Annual report on the working of the mental hospitals in the Madras Presidency - 1912-1932
Year: 1912
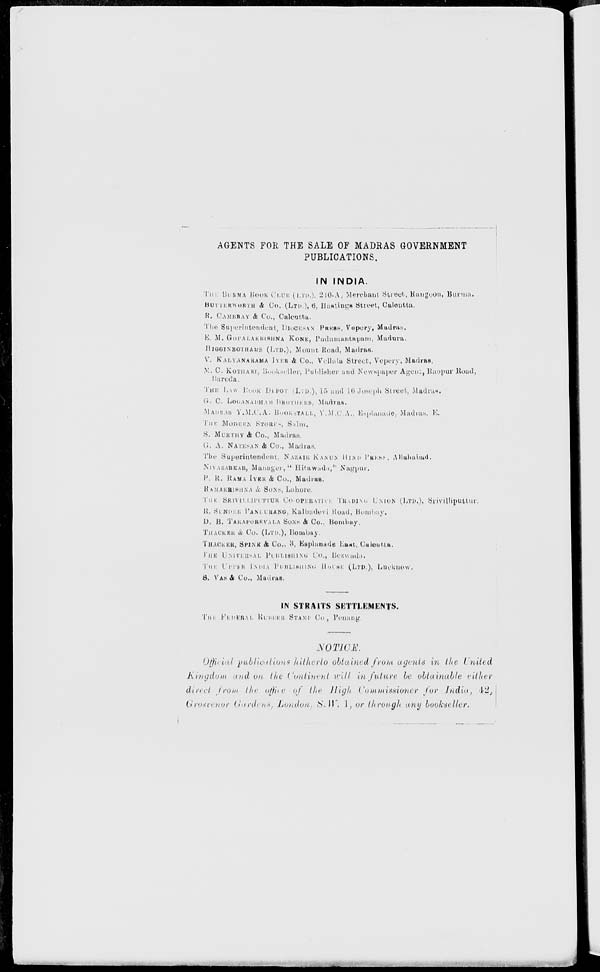
AGENTS FOR THE SALE OF MADRAS GOVERNMENT
PUBLICATIONS.
IN INDIA.
THE BURMA BOOK CLUB (LTD.). 2-10-A, Merchant Street, Rangoon, Burma.
BUTTERWORTH & Co. (LTD.), 6, Hastings Street, Calcutta.
R. CAMBRAY & Co., Calcutta.
The Superintendent, DIOCESAN PRESS, Vepery, Madras.
E. M. GOPALAKRISHNA KONE, Pudumantapam, Madura.
HIGGINBOTHAMS (LTD.), Mount Road, Madras.
V. KALYANARAMA IYER & Co., Vellala Street, Vepery, Madras.
V.. C. KOTHARI, Bookseller, Publisher and Newspaper Agent, Raopur Road,
Baroda.
THE LAW BOOK DEPOT (LTD.), 15 and 16 Joseph Street, Madras.
G. C. LOGANADHAM BROTHERS, Madras.
MADRAS Y.M.C.A. BOOKSTALL, Y.M.C.A., Esplanade, Madras, E.
THE MODERN STORES, Salm.
S. MURTHY & Co., Madras.
G. A. NATESAN & Co., Madras.
The Superintendent, NAZAIR KANUN HIND PRESS, Allahabad.
NIVASARKAR, Manager, "Hitawada," Nagpur.
P. R. RAMA IYER & Co., Madras.
RAMAKRISHNA & SONS, Lahore.
THE SRIVILLIPUTUR Co-OPERATIVE TRADING UNION (LTD.), Srivilliputtur.
R. SUNDER PANDURANG, Kalbadevi Road, Bombay.
D. B. TARAPOREVALA SONS & Co., Bombay.
THACKER & Co. (LTD.), Bombay.
THACKER, SPINK & Co., 3, Esplanade East, Calcutta.
THE UNIVERSAL PUBLISHING Co., Bezwada.
THE UPPER INDIA PUBLISHING HOUSE (LTD.), Lucknow.
S. VAS & Co., Madras.
IN STRAITS SETTLEMENTS.
THE FEDERAL RUBBER STAMP Co., Penang.
NOTICE.
Official publications hilherto obtained from agents in the United
Kingdom and on the Continent will in future be obtainable either
direct front the office of the High Commissioner for India, 42,
Groscenor Gardens, London, S.W. 1, or through any bookseller.